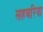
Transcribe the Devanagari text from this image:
लहबरिया